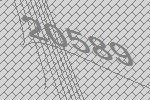
20589